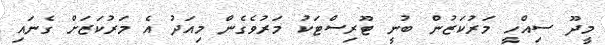
މީދޫ ސިއްހީ މަރުކަޒުން ބުނީ ޓޫރިސްޓަކު މަރުވެގެން މިއަދު އެ މަރުކަޒަށް ގެނައި